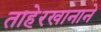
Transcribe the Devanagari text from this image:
ताहेरखानाने